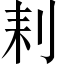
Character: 𠛨